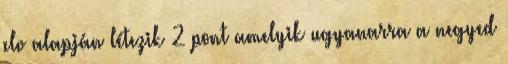
elv alapján létezik 2 pont amelyik ugyanarra a negyed